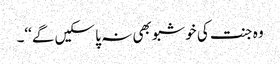
وہ جنت کی خوشبو بھی نہ پا سکیں گے‘‘۔